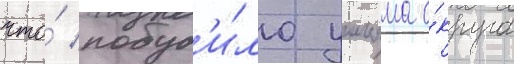
что́ побуд'и́ло уильяма о́круга